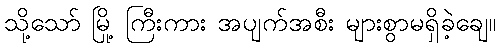
သို့သော် မြို့ ကြီးကား အပျက်အစီး များစွာမရှိခဲ့ချေ။